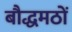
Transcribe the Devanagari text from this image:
बौद्धमठों